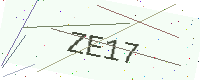
Text: ZE17